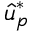
\hat { u } _ { p } ^ { * }